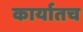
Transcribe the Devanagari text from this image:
कार्यातच